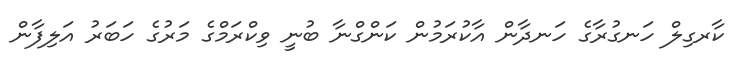
ކާރގިލް ހަނގުރާގެ ހަނދާން އާކުރަމުން ކަންގްނާ ބުނީ ވިކްރަމްގެ މަރުގެ ހަބަރު އަލިފާން